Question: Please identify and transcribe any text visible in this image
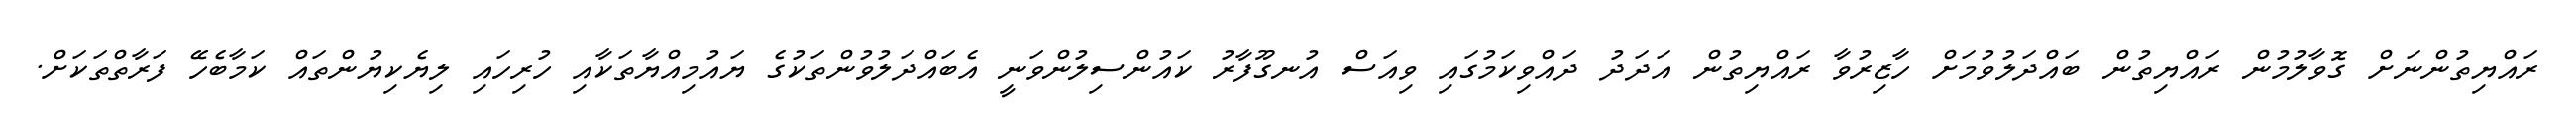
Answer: ރައްޔިތުންނަށް ގޮވާލުމުން ރައްޔިތުން ބައްދަލުވުމަށް ހާޒިރުވާ ރައްޔިތުން އަދަދު ދައްވިކަމުގައި ވިއަސް އުނގޫފާރު ކައުންސިލުންވަނީ އެބައްދަލުވުންތަކުގެ ޔައުމިއްޔާތަކާއި ހުރިހައި ލިޔެކިޔުންތައް ކަމާބެހޭ ފަރާތްތަކަށް.